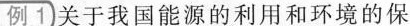
例1关于我国能源的利用和环境的保